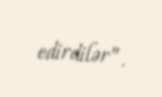
edirdilər”.